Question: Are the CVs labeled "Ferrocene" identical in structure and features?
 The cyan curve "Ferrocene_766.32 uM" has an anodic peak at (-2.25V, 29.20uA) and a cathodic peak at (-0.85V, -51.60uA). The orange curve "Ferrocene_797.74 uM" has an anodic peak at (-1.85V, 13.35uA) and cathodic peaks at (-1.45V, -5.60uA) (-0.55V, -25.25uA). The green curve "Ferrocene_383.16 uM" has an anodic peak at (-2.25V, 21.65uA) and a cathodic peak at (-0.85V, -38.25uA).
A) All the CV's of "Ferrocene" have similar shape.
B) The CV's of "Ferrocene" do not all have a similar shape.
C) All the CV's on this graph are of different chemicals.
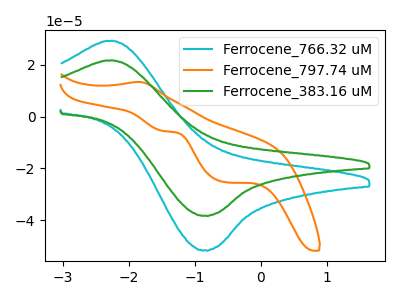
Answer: <think>"Ferrocene_766.32 uM" and "Ferrocene_797.74 uM" have a different number of peaks. All the peaks in "Ferrocene_766.32 uM" have a peak in "Ferrocene_383.16 uM" at the same potential. Every peak in "Ferrocene_766.32 uM" is higher than every peak in "Ferrocene_383.16 uM". "Ferrocene_797.74 uM" and "Ferrocene_383.16 uM" have a different number of peaks.
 </think>
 <answer>A) All the CV's of "Ferrocene" have similar shape.</answer>
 <eval>A</eval>